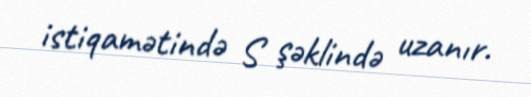
istiqamətində S şəklində uzanır.